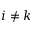
i \neq k